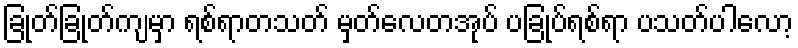
ခြုတ်ခြုတ်ကျမှာ ရစ်ရာတသတ် မှတ်လေတအုပ် ပခြုပ်ရစ်ရာ ပသတ်ပါလော့